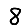
Digit: 8